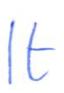
Text: It
Cross-out: clean
Writing tool: ballpoint